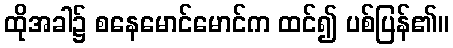
ထိုအခါ၌ စနေမောင်မောင်က ထင်၍ ပစ်ပြန်၏။